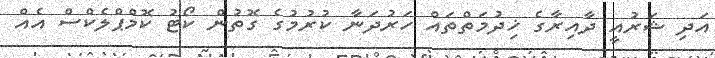
އަދި ޝަރުއީ ދާއިރާގެ ޚިދުމަތްތައް ހަރުދަނާ ކުރުމުގެ ގޮތުން ކޯޓު ކޮމްޕްލެކްސް އެއް